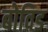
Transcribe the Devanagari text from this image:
बोविड